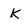
Character: K